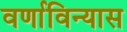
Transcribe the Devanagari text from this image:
वर्णाविन्यास